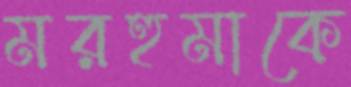
মরহুমাকে